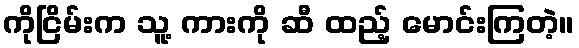
ကိုငြိမ်းက သူ့ ကားကို ဆီ ထည့် မောင်းကြတဲ့။